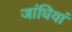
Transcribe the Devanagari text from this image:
जांघियां